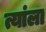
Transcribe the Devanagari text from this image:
त्यांला